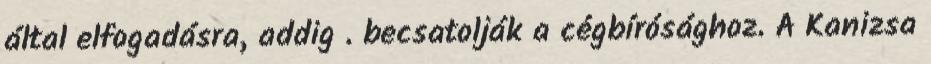
által elfogadásra, addig . becsatolják a cégbírósághoz. A Kanizsa